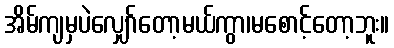
အိမ်ကျမှပဲလျှော်တော့မယ်ကွာ၊မစောင့်တော့ဘူး။